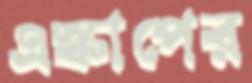
এস্কাপের